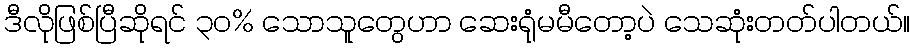
ဒီလိုဖြစ်ပြီဆိုရင် ၃၀% သောသူတွေဟာ ဆေးရုံမမီတော့ပဲ သေဆုံးတတ်ပါတယ်။